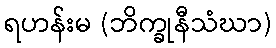
ရဟန်းမ (ဘိက္ခုနီသံဃာ)